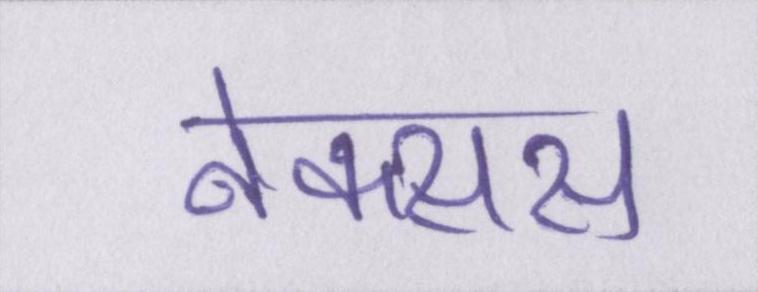
नेक्सस